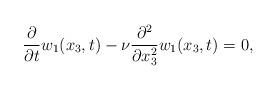
LaTeX: \begin{align*}\frac{\partial}{\partial t}w_1(x_3,t)-\nu \frac{\partial^2}{\partial x_3^2}w_1(x_3,t)=0,\end{align*}